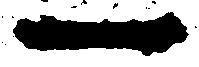
一